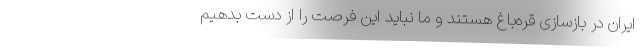
ایران در بازسازی قره‌باغ هستند و ما نباید این فرصت را از دست بدهیم